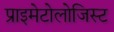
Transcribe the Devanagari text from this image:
प्राइमेटोलोजिस्ट